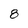
Character: 8